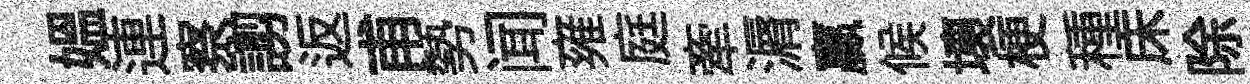
媪連察謭返甫勢闻雍庭牽漘贏候壞梗種床除